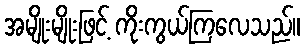
အမျိုးမျိုးဖြင့် ကိုးကွယ်ကြလေသည်။